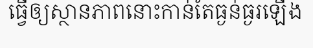
ធ្វើឲ្យស្ថានភាពនោះកាន់តែធ្ងន់ធ្ងរឡើង